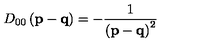
D _ { 0 0 } \left( \mathbf { p - q } \right) = - \frac { 1 } { \left( \mathbf { p - q } \right) ^ { 2 } }